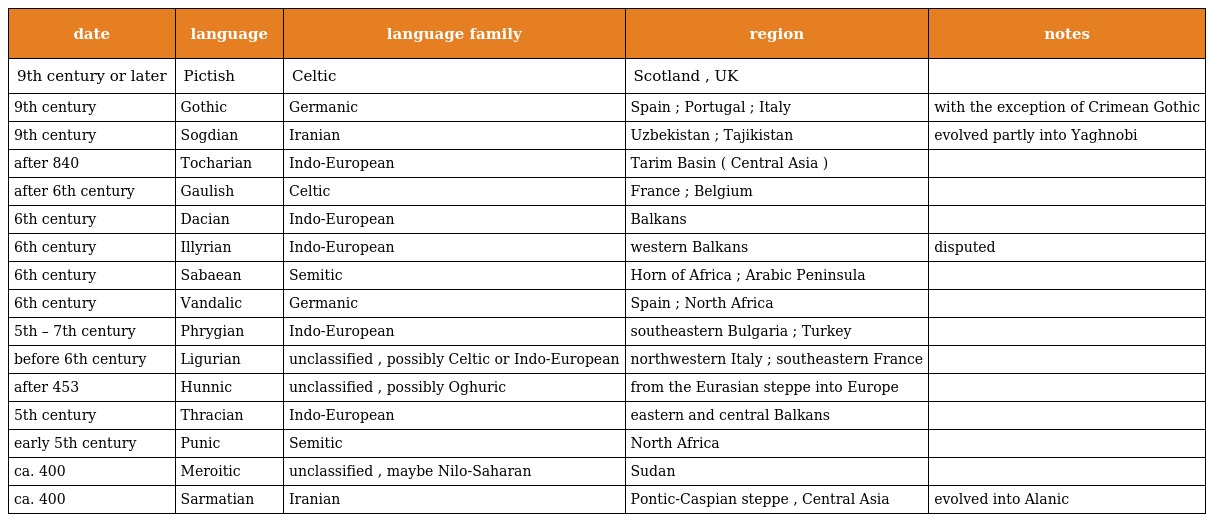
| date | language | language family | region | notes |
 | --- | --- | --- | --- | --- |
 | 9th century or later | Pictish | Celtic | Scotland , UK |  |
 | 9th century | Gothic | Germanic | Spain ; Portugal ; Italy | with the exception of Crimean Gothic |
 | 9th century | Sogdian | Iranian | Uzbekistan ; Tajikistan | evolved partly into Yaghnobi |
 | after 840 | Tocharian | Indo-European | Tarim Basin ( Central Asia ) |  |
 | after 6th century | Gaulish | Celtic | France ; Belgium |  |
 | 6th century | Dacian | Indo-European | Balkans |  |
 | 6th century | Illyrian | Indo-European | western Balkans | disputed |
 | 6th century | Sabaean | Semitic | Horn of Africa ; Arabic Peninsula |  |
 | 6th century | Vandalic | Germanic | Spain ; North Africa |  |
 | 5th – 7th century | Phrygian | Indo-European | southeastern Bulgaria ; Turkey |  |
 | before 6th century | Ligurian | unclassified , possibly Celtic or Indo-European | northwestern Italy ; southeastern France |  |
 | after 453 | Hunnic | unclassified , possibly Oghuric | from the Eurasian steppe into Europe |  |
 | 5th century | Thracian | Indo-European | eastern and central Balkans |  |
 | early 5th century | Punic | Semitic | North Africa |  |
 | ca. 400 | Meroitic | unclassified , maybe Nilo-Saharan | Sudan |  |
 | ca. 400 | Sarmatian | Iranian | Pontic-Caspian steppe , Central Asia | evolved into Alanic |